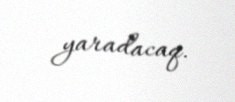
yaradacaq.